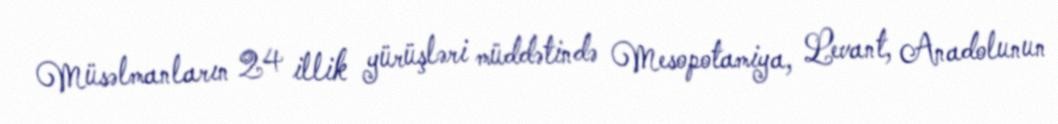
Müsəlmanların 24 illik yürüşləri müddətində Mesopotamiya, Levant, Anadolunun